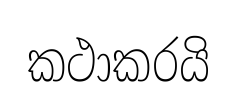
කථාකරයි